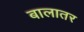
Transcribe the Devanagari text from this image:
बालातर